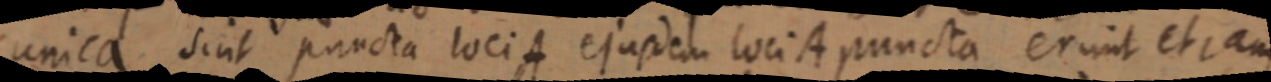
unica sint puncta loci A ejusdem loci A puncta erunt et jam